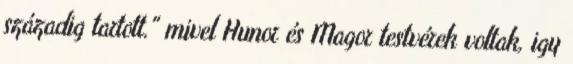
századig tartott." mivel Hunor és Magor testvérek voltak, igy